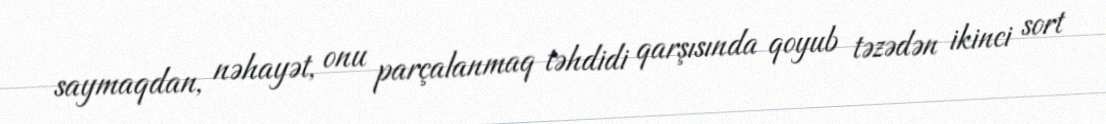
saymaqdan, nəhayət, onu parçalanmaq təhdidi qarşısında qoyub təzədən ikinci sort